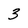
Character: 3